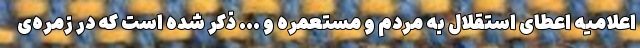
اعلامیه اعطای استقلال به مردم و مستعمره و ... ذکر شده است که در زمره‌ی